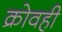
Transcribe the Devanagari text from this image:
क्रोवही